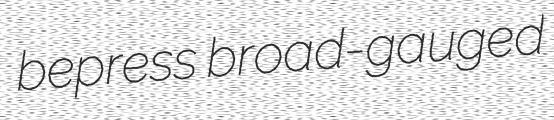
bepress broad-gauged